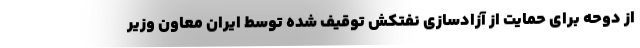
از دوحه برای حمایت از آزادسازی نفتکش توقیف شده توسط ایران معاون وزیر